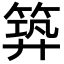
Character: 𥯹